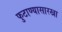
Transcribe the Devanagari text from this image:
फुटाण्यासारखा